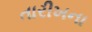
તારીખના